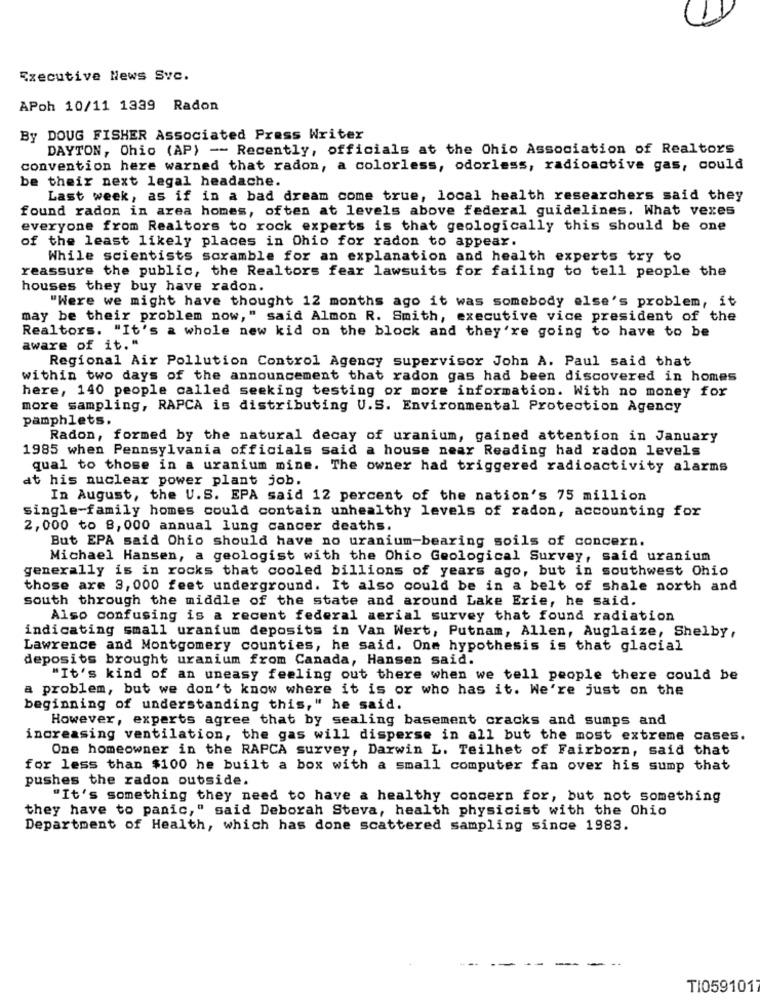
Executive News Svc.
APoh 10/11 1339 Radon
By DOUG FISHER Associated Press Writer
DAYTON, Ohio (AP) -- Recently, officials at the Ohio Association of Realtors
convention here warned that radon, a colorless, odorless, radioactive gas, could
be their next legal headache.
Last week, as if in a bad dream come true, local health researchers said they
found radon in area homes, often at levels above federal guidelines. What vexes
everyone from Realtors to rock experts is that geologically this should be one
of the least likely places in Ohio for radon to appear.
While scientists scramble for an explanation and health experts try to
reassure the public, the Realtors fear lawsuits for failing to tell people the
houses they buy have radon.
"Were we might have thought 12 months ago it was somebody else's problem, it
may be their problem now," said Almon R. Smith, executive vice president of the
Realtors. "It's a whole new kid on the block and they're going to have to be
aware of it."
Regional Air Pollution Control Agency supervisor John A. Paul said that
within two days of the announcement that radon gas had been discovered in homes
here, 140 people called seeking testing or more information. With no money for
more sampling, RAPCA is distributing U.S. Environmental Protection Agency
pamphlets.
Radon, formed by the natural decay of uranium, gained attention in January
1985 when Pennsylvania officials said a house near Reading had radon levels
qual to those in a uranium mine. The owner had triggered radioactivity alarms
at his nuclear power plant job.
In August, the U.S. EPA said 12 percent of the nation's 75 million
single-family homes could contain unhealthy levels of radon, accounting for
2,000 to 8,000 annual lung cancer deaths.
But EPA said Ohio should have no uranium-bearing soils of concern.
Michael Hansen, a geologist with the Ohio Geological Survey, said uranium
generally is in rocks that cooled billions of years ago, but in southwest Ohio
those are 3, 000 feet underground. It also could be in a belt of shale north and
south through the middle of the state and around Lake Erie, he said.
Also confusing is a recent federal aerial survey that found radiation
indicating small uranium deposits in Van Wert, Putnam, Allen, Auglaize, Shelby,
Lawrence and Montgomery counties, he said. One hypothesis is that glacial
deposits brought uranium from Canada, Hansen said.
"It's kind of an uneasy feeling out there when we tell people there could be
a problem, but we don't know where it is or who has it. We're just on the
beginning of understanding this," he said.
However, experts agree that by sealing basement cracks and sumps and
increasing ventilation, the gas will disperse in all but the most extreme cases.
One homeowner in the RAPCA survey, Darwin L. Teilhet of Fairborn, said that
for less than $100 he built a box with a small computer fan over his sump that
pushes the radon outside.
"It's something they need to have a healthy concern for, but not something
they have to panic," said Deborah Steva, health physicist with the Ohio
Department of Health, which has done scattered sampling since 1983.
TI059101